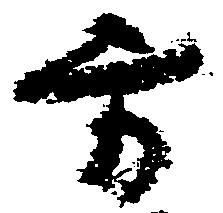
方